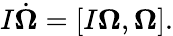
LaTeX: \begin{array}{r}{I\dot{\boldsymbol\Omega}=[I{\boldsymbol\Omega},{\boldsymbol\Omega}].}\end{array}